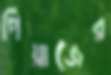
পিঁয়াজের